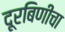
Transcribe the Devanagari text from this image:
दूरबिणीचा